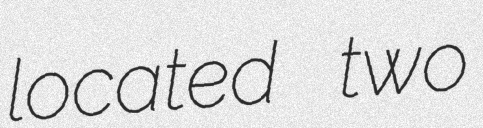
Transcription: located two